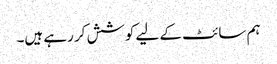
ہم سائٹ کے لیے کوشش کر رہے ہیں۔